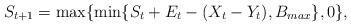
LaTeX: \begin{align*}S_{t+1} = \max \{\min \{S_{t} + E_t - (X_t - Y_t), B_{max} \}, 0 \},\end{align*}